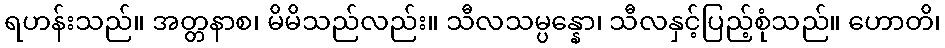
ရဟန်းသည်။ အတ္တနာစ၊ မိမိသည်လည်း။ သီလသမ္ပန္နော၊ သီလနှင့်ပြည့်စုံသည်။ ဟောတိ၊